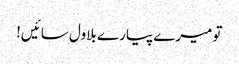
تو میرے پیارے بلاول سائیں!